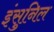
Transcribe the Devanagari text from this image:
इंसुनिल